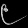
Digit: ၉